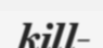
kill-